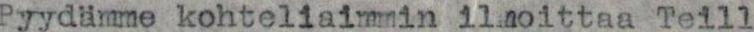
Pyydämme kohteliaimmin ilmoittaa Teill